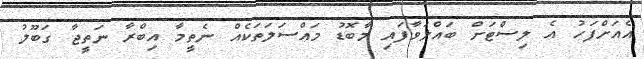
އެއަށްފަހު އެ ލިސްޓަށް ބައްލަވާފައި މާބޮޑު މައްސަލަތަކެއް ނެތީމާ އިބްރާ ނަތީޖާ ގަބޫލު